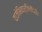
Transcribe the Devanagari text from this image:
वाजेभिवार्जिनीवती।